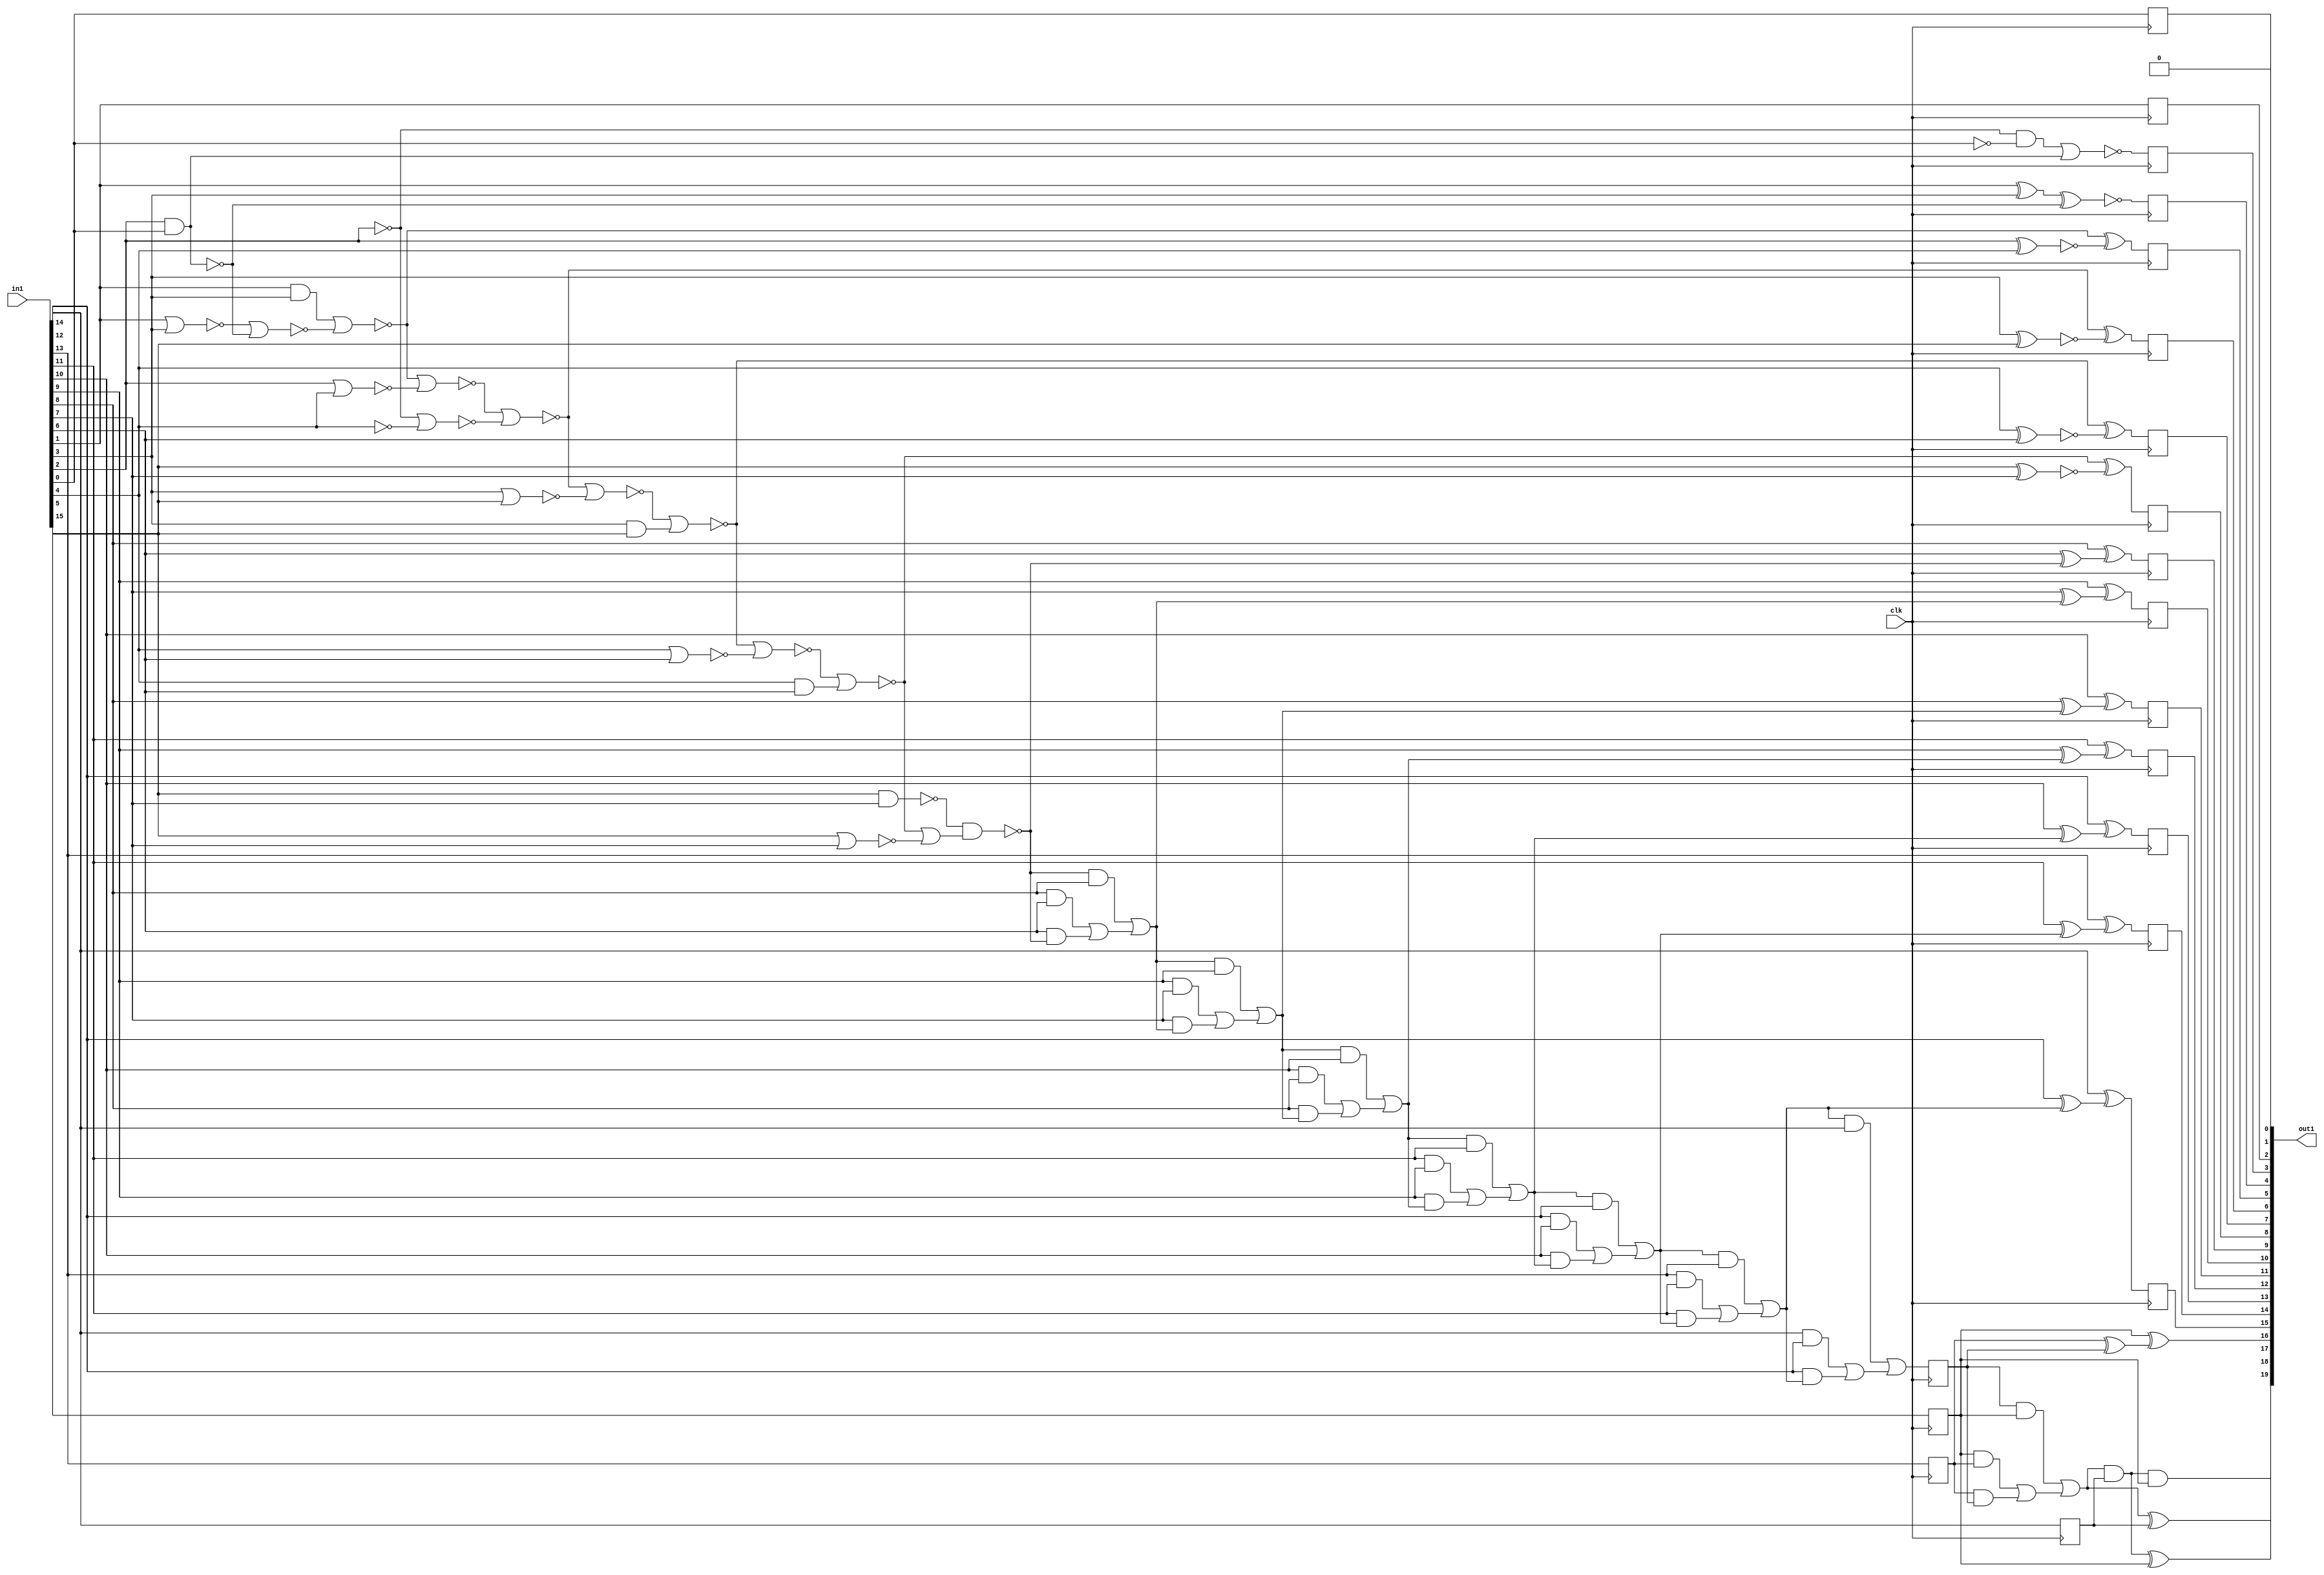
`timescale 1ps / 1ps
module cache_Mul2i10u16_4_0(
          in1,
          out1,
          clk
);
   input [15:0] in1;
   output [19:0] out1;
   input clk;
wire const_mul_20_8_n_0, const_mul_20_8_n_1, const_mul_20_8_n_7,
     const_mul_20_8_n_8, const_mul_20_8_n_9, const_mul_20_8_n_10,
     const_mul_20_8_n_12, const_mul_20_8_n_13, const_mul_20_8_n_17,
     const_mul_20_8_n_18, const_mul_20_8_n_19, const_mul_20_8_n_20,
     const_mul_20_8_n_21, const_mul_20_8_n_22, const_mul_20_8_n_27,
     const_mul_20_8_n_29, const_mul_20_8_n_31, const_mul_20_8_n_32,
     const_mul_20_8_n_33, const_mul_20_8_n_35, const_mul_20_8_n_37,
     const_mul_20_8_n_39, const_mul_20_8_n_41, const_mul_20_8_n_43,
     const_mul_20_8_n_45, const_mul_20_8_n_47, const_mul_20_8_n_49, n_9, n_12,
     n_18, n_19, n_23, clk, n_39, n_40, n_41, n_42, asc001_3_, asc001_4_,
     asc001_5_, asc001_6_, asc001_7_, asc001_8_, asc001_9_, asc001_10_,
     asc001_11_, asc001_12_, asc001_13_, asc001_14_, asc001_15_, asc001_16_,
     asc001_17_, asc001_18_, asc001_19_;
assign {out1[19]} = asc001_19_;
assign {out1[18]} = asc001_18_;
assign {out1[17]} = asc001_17_;
assign {out1[16]} = asc001_16_;
assign {out1[15]} = n_18;
 reg out1_11_L0_reg_N30;
 always @(posedge clk)
         out1_11_L0_reg_N30 <= asc001_8_;
 assign {out1[8]} = out1_11_L0_reg_N30;
 reg retime_s1_5_reg_reg_N30;
 always @(posedge clk)
         retime_s1_5_reg_reg_N30 <= {in1[13]};
 assign n_9 = retime_s1_5_reg_reg_N30;
 reg out1_6_L0_reg_N30;
 always @(posedge clk)
         out1_6_L0_reg_N30 <= asc001_13_;
 assign {out1[13]} = out1_6_L0_reg_N30;
 reg out1_7_L0_reg_N30;
 always @(posedge clk)
         out1_7_L0_reg_N30 <= asc001_12_;
 assign {out1[12]} = out1_7_L0_reg_N30;
 reg out1_8_L0_reg_N30;
 always @(posedge clk)
         out1_8_L0_reg_N30 <= asc001_11_;
 assign {out1[11]} = out1_8_L0_reg_N30;
 reg retime_s1_1_reg_reg_N30;
 always @(posedge clk)
         retime_s1_1_reg_reg_N30 <= {in1[15]};
 assign n_23 = retime_s1_1_reg_reg_N30;
 reg out1_9_L0_reg_N30;
 always @(posedge clk)
         out1_9_L0_reg_N30 <= asc001_10_;
 assign {out1[10]} = out1_9_L0_reg_N30;
 reg out1_10_L0_reg_N30;
 always @(posedge clk)
         out1_10_L0_reg_N30 <= asc001_9_;
 assign {out1[9]} = out1_10_L0_reg_N30;
 reg out1_5_L0_reg_N30;
 always @(posedge clk)
         out1_5_L0_reg_N30 <= asc001_14_;
 assign {out1[14]} = out1_5_L0_reg_N30;
 reg out1_12_L0_reg_N30;
 always @(posedge clk)
         out1_12_L0_reg_N30 <= asc001_7_;
 assign {out1[7]} = out1_12_L0_reg_N30;
 reg out1_13_L0_reg_N30;
 always @(posedge clk)
         out1_13_L0_reg_N30 <= asc001_6_;
 assign {out1[6]} = out1_13_L0_reg_N30;
 reg out1_14_L0_reg_N30;
 always @(posedge clk)
         out1_14_L0_reg_N30 <= asc001_5_;
 assign {out1[5]} = out1_14_L0_reg_N30;
 reg out1_15_L0_reg_N30;
 always @(posedge clk)
         out1_15_L0_reg_N30 <= asc001_4_;
 assign {out1[4]} = out1_15_L0_reg_N30;
 reg out1_16_L0_reg_N30;
 always @(posedge clk)
         out1_16_L0_reg_N30 <= asc001_3_;
 assign {out1[3]} = out1_16_L0_reg_N30;
 reg out1_17_L0_reg_N30;
 always @(posedge clk)
         out1_17_L0_reg_N30 <= {in1[1]};
 assign {out1[2]} = out1_17_L0_reg_N30;
 reg out1_18_L0_reg_N30;
 always @(posedge clk)
         out1_18_L0_reg_N30 <= {in1[0]};
 assign {out1[1]} = out1_18_L0_reg_N30;
 reg retime_s1_2_reg_reg_N30;
 always @(posedge clk)
         retime_s1_2_reg_reg_N30 <= const_mul_20_8_n_45;
 assign n_19 = retime_s1_2_reg_reg_N30;
 reg retime_s1_3_reg_reg_N30;
 always @(posedge clk)
         retime_s1_3_reg_reg_N30 <= asc001_15_;
 assign n_18 = retime_s1_3_reg_reg_N30;
 reg retime_s1_4_reg_reg_N30;
 always @(posedge clk)
         retime_s1_4_reg_reg_N30 <= {in1[14]};
 assign n_12 = retime_s1_4_reg_reg_N30;
 assign asc001_8_ = (const_mul_20_8_n_31 ^ const_mul_20_8_n_20);
 assign asc001_19_ = (const_mul_20_8_n_49 & n_23);
 assign asc001_18_ = (const_mul_20_8_n_49 ^ n_23);
 assign const_mul_20_8_n_49 = (const_mul_20_8_n_47 & n_12);
 assign asc001_17_ = (const_mul_20_8_n_47 ^ n_12);
 assign const_mul_20_8_n_47 = ((n_19 & n_23) | ((n_23 & n_9) | (n_9 & n_19)));
 assign asc001_16_ = (n_23 ^ (n_9 ^ n_19));
 assign const_mul_20_8_n_45 = ((const_mul_20_8_n_43 & {in1[14]}) | (({in1[14]} & {in1[12]}) | ({in1[12]}
    & const_mul_20_8_n_43)));
 assign asc001_15_ = ({in1[14]} ^ ({in1[12]} ^ const_mul_20_8_n_43));
 assign const_mul_20_8_n_43 = ((const_mul_20_8_n_41 & {in1[13]}) | (({in1[13]} & {in1[11]}) | ({in1[11]}
    & const_mul_20_8_n_41)));
 assign asc001_14_ = ({in1[13]} ^ ({in1[11]} ^ const_mul_20_8_n_41));
 assign const_mul_20_8_n_41 = ((const_mul_20_8_n_39 & {in1[12]}) | (({in1[12]} & {in1[10]}) | ({in1[10]}
    & const_mul_20_8_n_39)));
 assign asc001_13_ = ({in1[12]} ^ ({in1[10]} ^ const_mul_20_8_n_39));
 assign const_mul_20_8_n_39 = ((const_mul_20_8_n_37 & {in1[11]}) | (({in1[11]} & {in1[9]}) | ({in1[9]}
    & const_mul_20_8_n_37)));
 assign asc001_12_ = ({in1[11]} ^ ({in1[9]} ^ const_mul_20_8_n_37));
 assign const_mul_20_8_n_37 = ((const_mul_20_8_n_35 & {in1[10]}) | (({in1[10]} & {in1[8]}) | ({in1[8]}
    & const_mul_20_8_n_35)));
 assign asc001_11_ = ({in1[10]} ^ ({in1[8]} ^ const_mul_20_8_n_35));
 assign const_mul_20_8_n_35 = ((const_mul_20_8_n_33 & {in1[9]}) | (({in1[9]} & {in1[7]}) | ({in1[7]}
    & const_mul_20_8_n_33)));
 assign asc001_10_ = ({in1[9]} ^ ({in1[7]} ^ const_mul_20_8_n_33));
 assign const_mul_20_8_n_33 = ((const_mul_20_8_n_32 & {in1[8]}) | (({in1[8]} & {in1[6]}) | ({in1[6]}
    & const_mul_20_8_n_32)));
 assign asc001_9_ = ({in1[8]} ^ ({in1[6]} ^ const_mul_20_8_n_32));
 assign const_mul_20_8_n_32 = ~(const_mul_20_8_n_9 & (const_mul_20_8_n_31 | const_mul_20_8_n_13));
 assign const_mul_20_8_n_31 = ~(n_39 | const_mul_20_8_n_10);
 assign const_mul_20_8_n_29 = ~(n_40 | const_mul_20_8_n_1);
 assign const_mul_20_8_n_27 = ~(n_41 | const_mul_20_8_n_0);
 assign asc001_4_ = ~(const_mul_20_8_n_22 ^ const_mul_20_8_n_8);
 assign const_mul_20_8_n_21 = ({in1[1]} & {in1[3]});
 assign const_mul_20_8_n_22 = ({in1[1]} ^ {in1[3]});
 assign const_mul_20_8_n_20 = ~({in1[5]} ^ {in1[7]});
 assign const_mul_20_8_n_19 = ~({in1[4]} ^ {in1[6]});
 assign const_mul_20_8_n_18 = ~({in1[3]} ^ {in1[5]});
 assign const_mul_20_8_n_17 = ~({in1[2]} ^ {in1[4]});
 assign asc001_3_ = ~((const_mul_20_8_n_7 & ~{in1[0]}) | ({in1[2]} & {in1[0]}));
 assign const_mul_20_8_n_13 = ~({in1[5]} | {in1[7]});
 assign const_mul_20_8_n_12 = ~({in1[1]} | {in1[3]});
 assign const_mul_20_8_n_10 = ({in1[4]} & {in1[6]});
 assign const_mul_20_8_n_9 = ~({in1[5]} & {in1[7]});
 assign const_mul_20_8_n_8 = ~({in1[0]} & {in1[2]});
 assign const_mul_20_8_n_7 = ~{in1[2]};
 assign asc001_7_ = (const_mul_20_8_n_29 ^ const_mul_20_8_n_19);
 assign asc001_6_ = (const_mul_20_8_n_27 ^ const_mul_20_8_n_18);
 assign asc001_5_ = (n_42 ^ const_mul_20_8_n_17);
 assign const_mul_20_8_n_1 = ({in1[3]} & {in1[5]});
 assign const_mul_20_8_n_0 = ~(const_mul_20_8_n_7 | ~{in1[4]});
 assign n_39 = ~(const_mul_20_8_n_29 | ~({in1[4]} | {in1[6]}));
 assign n_40 = ~(const_mul_20_8_n_27 | ~({in1[3]} | {in1[5]}));
 assign n_41 = ~(n_42 | ~({in1[2]} | {in1[4]}));
 assign n_42 = ~(const_mul_20_8_n_21 | ~(const_mul_20_8_n_12 | const_mul_20_8_n_8));
assign out1[0] = 1'B0;
endmodule